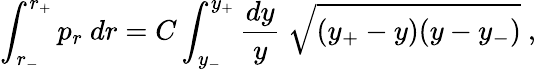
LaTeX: \int_{r_{-}}^{r_{+}}p_{r}\ dr=C\int_{y_{-}}^{y_{+}}{\frac{dy}{y}}\ \sqrt{(y_{+}-y)(y-y_{-})}\ ,